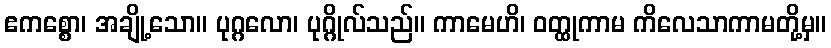
ဧကစ္စော၊ အချို့သော။ ပုဂ္ဂလော၊ ပုဂ္ဂိုလ်သည်။ ကာမေဟိ၊ ဝတ္ထုကာမ ကိလေသာကာမတို့မှ။